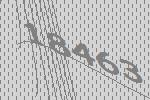
18463